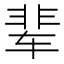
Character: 辈